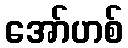
အော်ဟစ်